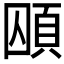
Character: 𮨃